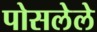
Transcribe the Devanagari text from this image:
पोसलेले